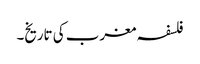
فلسفہ مغرب کی تاریخ۔